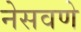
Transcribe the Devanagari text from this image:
नेसवणे